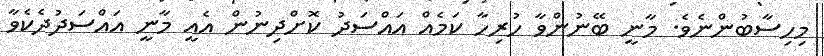
މިހިސާބުންނެވެ. މާނީ ބޭނުންވާ ހުރިހާ ކަމެއް އައްސަދު ކޮށްދިނުން އެއީ މާނީ އައްސަދުދެކެވާ